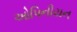
ઓપિનીયન